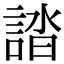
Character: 誻